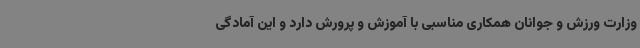
وزارت ورزش و جوانان همکاری مناسبی با آموزش و پرورش دارد و این آمادگی